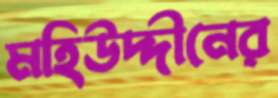
মহিউদ্দীনের